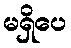
မရှိပေ